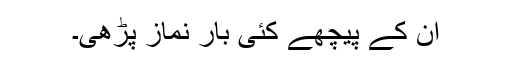
ان کے پیچھے کئی بار نماز پڑھی۔